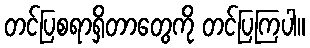
တင်ပြစရာရှိတာတွေကို တင်ပြကြပါ။